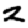
Digit: 2